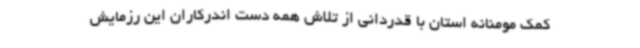
کمک مومنانه استان با قدردانی از تلاش همه دست اندرکاران این رزمایش